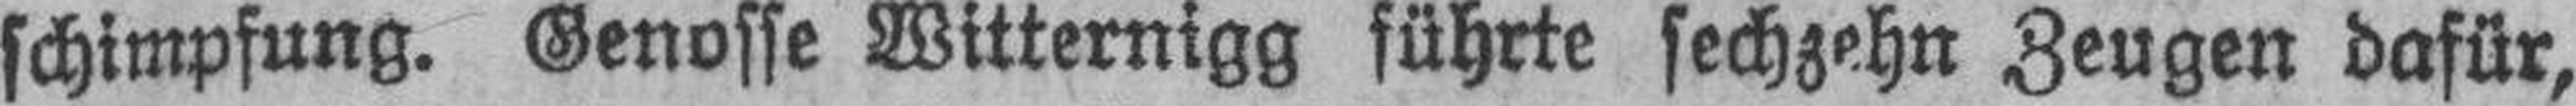
schimpfung. Genosse Witternigg führte sechzehn Zeugen dafür,